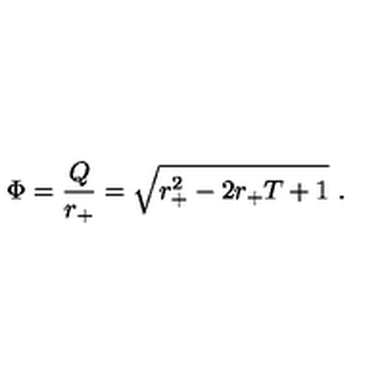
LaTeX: \Phi = { \frac { Q } { r _ { + } } } = \sqrt { r _ { + } ^ { 2 } - 2 r _ { + } T + 1 } \ .